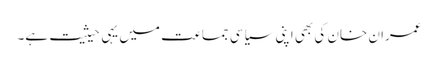
عمران خان کی بھی اپنی سیاسی جماعت میں یہی حیثیت ہے۔